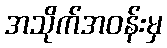
အသိုက်အဝန်းမှ